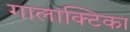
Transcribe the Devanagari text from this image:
गालाक्टिका